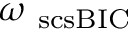
\omega _ { \mathrm { \ s c s { B I C } } }